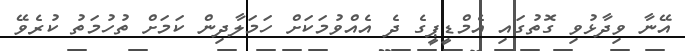
އޭނާ ވިދާޅުވި ގޮތުގައި އެމްޑީޕީގެ ދެ އެއްވުމަކަށް ހަމަލާދިން ކަމަށް ތުހުމަތު ކުރެވޭ